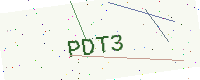
Text: PDT3